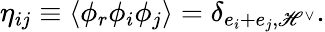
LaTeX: \eta_{ij}\equiv\langle\phi_{r}\phi_{i}\phi_{j}\rangle=\delta_{e_{i}+e_{j},\mathscr{H}^{\vee}}.